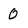
Character: 0